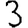
Digit: 3